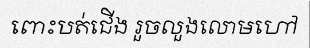
ពោះបត់ជើង រួចលួងលោមហៅ